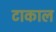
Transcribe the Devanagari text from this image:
टाकाल